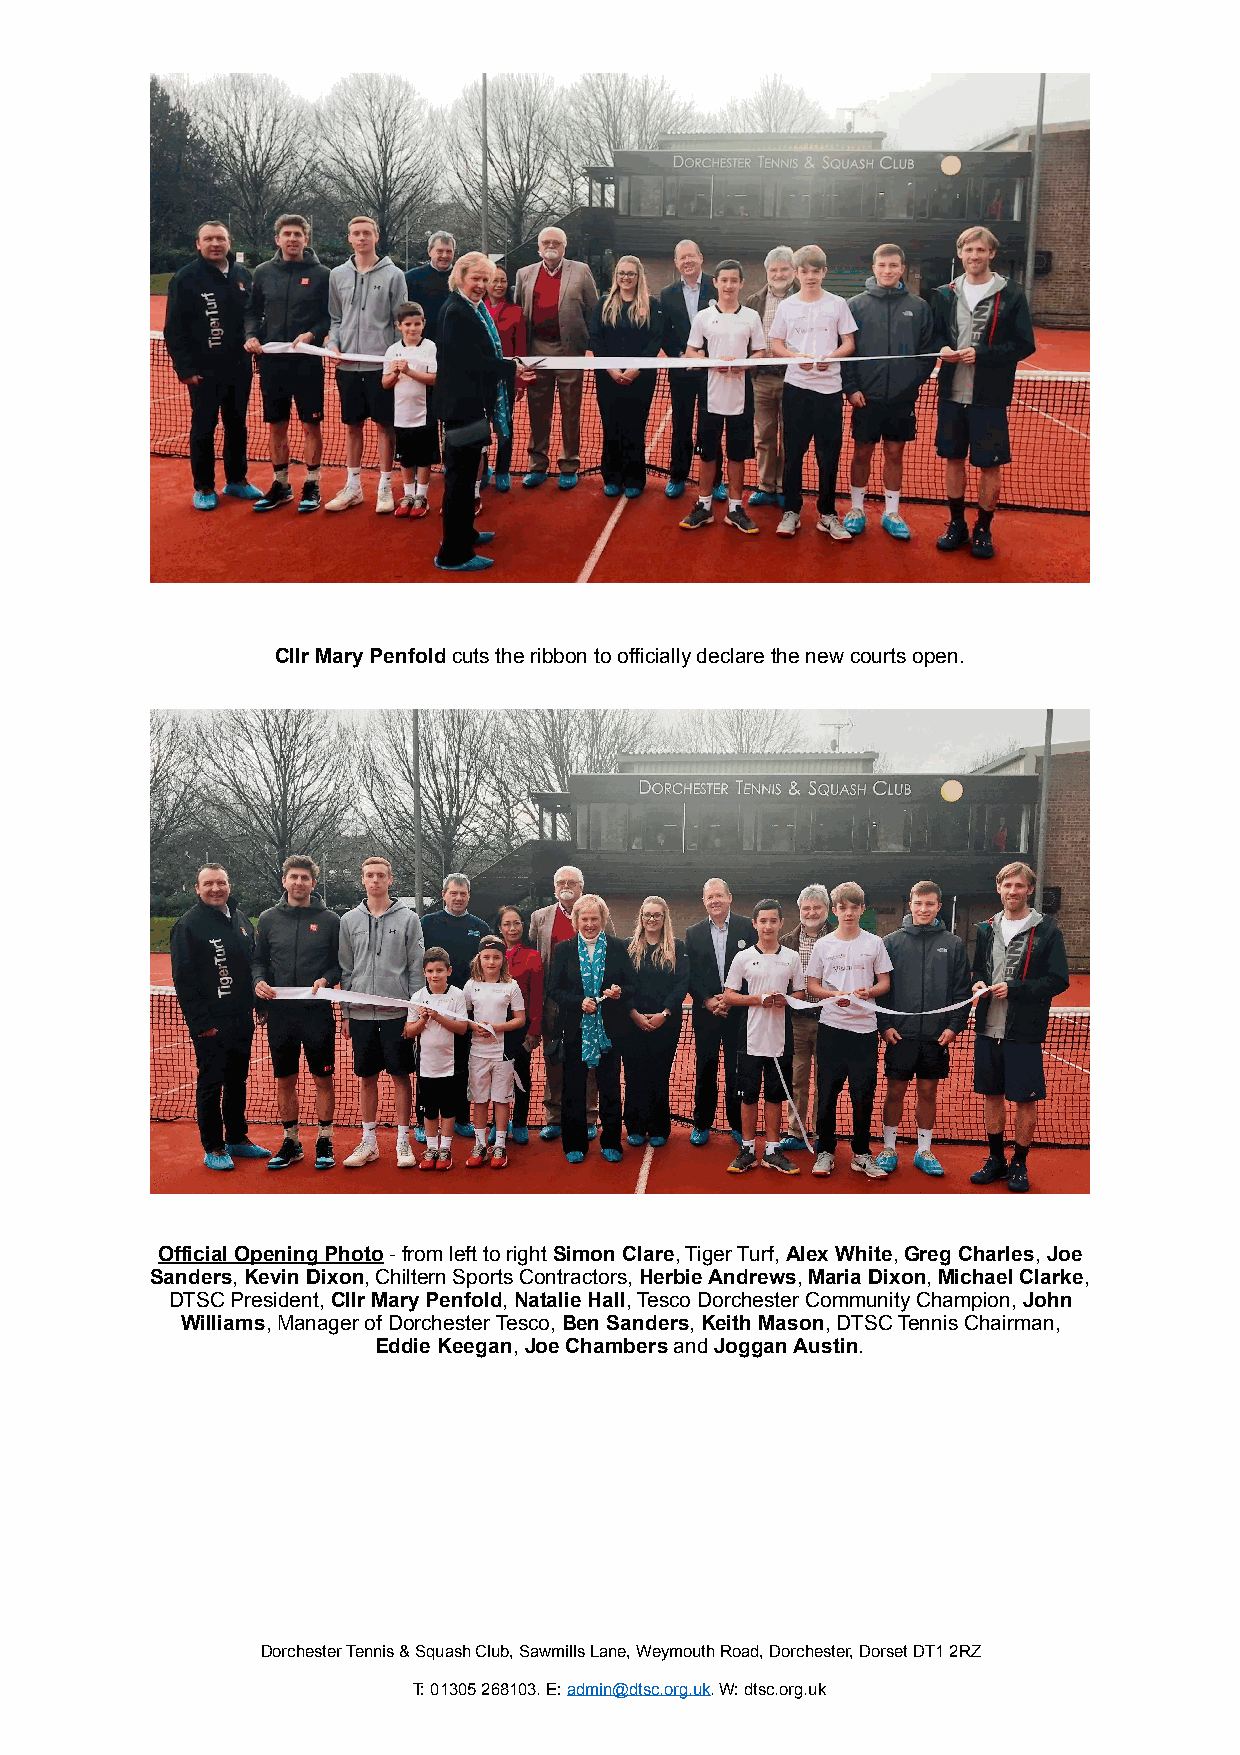
Cllr Mary Penfold cuts the ribbon to officially declare the new courts open.
 Official Opening Photo - from left to right Simon Clare, Tiger Turf, Alex White, Greg Charles, Joe
 Sanders, Kevin Dixon, Chiltern Sports Contractors, Herbie Andrews, Maria Dixon, Michael Clarke,
 DTSC President, Cllr Mary Penfold, Natalie Hall, Tesco Dorchester Community Champion, John
 Williams, Manager of Dorchester Tesco, Ben Sanders, Keith Mason, DTSC Tennis Chairman,
 Eddie Keegan, Joe Chambers and Joggan Austin.
 Dorchester Tennis & Squash Club, Sawmills Lane, Weymouth Road, Dorchester, Dorset DT1 2RZ
 T: 01305 268103. E: admin@dtsc.org.uk. W: dtsc.org.uk